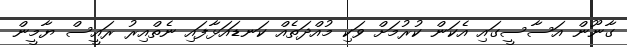
ގާނޫން އަސާސީގައި އެކަން ކުރުމަށް ވަކި މުއްދަތެއް ކަނޑައަޅާފައި ނެތްއިރު ރައީސް ޔާމީން